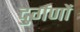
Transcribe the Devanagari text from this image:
दुर्गणों